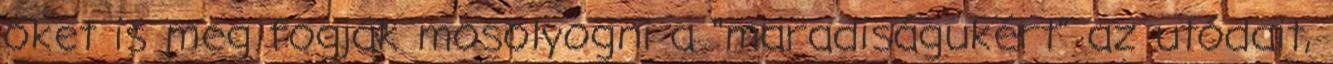
őket is meg fogják mosolyogni a "maradiságukért" az utódait,